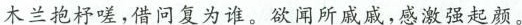
木兰抱杼嗟，借问复为谁。欲闻所戚戚，感激强起颜。